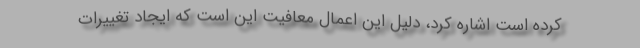
کرده است اشاره کرد، دلیل این اعمال معافیت این است که ایجاد تغییرات